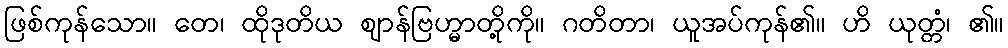
ဖြစ်ကုန်သော။ တေ၊ ထိုဒုတိယ ဈာန်ဗြဟ္မာတို့ကို။ ဂတိတာ၊ ယူအပ်ကုန်၏။ ဟိ ယုတ္တံ၊ ၏။